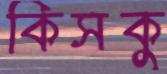
কিসকু